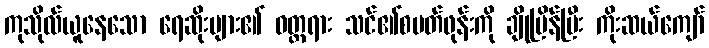
ကုသိုလ်ယူနေသော ရေဆိုးများ၏ ဝတ္ထရား သင်၏စမတ်ဖုန်းကို ချိုမြိန်ပြီး ကိုးဆယ်ကျော်